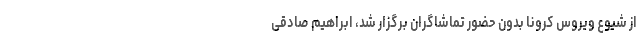
از شیوع ویروس کرونا بدون حضور تماشاگران برگزار شد، ابراهیم صادقی